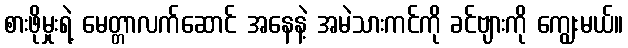
စားဖိုမှုးရဲ့ မေတ္တာလက်ဆောင် အနေနဲ့ အမဲသားကင်ကို ခင်ဗျားကို ကျွေးမယ်။